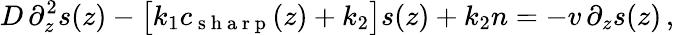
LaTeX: D\, \partial_{z}^{2}s(z)-\bigl[k_{1}c_{\mathrm{~s~h~a~r~p~}}(z)+k_{2}\bigr]s(z)+k_{2}n=-v\, \partial_{z}s(z)\, ,